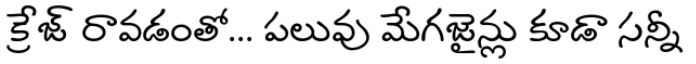
క్రేజ్ రావడంతో... పలువు మేగజైన్లు కూడా సన్నీ